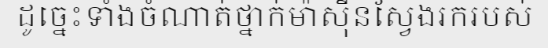
ដូច្នេះទាំងចំណាត់ថ្នាក់ម៉ាស៊ីនស្វែងរករបស់